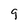
Character: 9